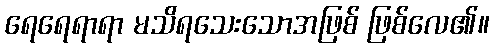
ရေရေရာရာ မသိရသေးသောအဖြစ် ဖြစ်လေ၏။